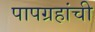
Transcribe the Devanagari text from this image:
पापग्रहांची